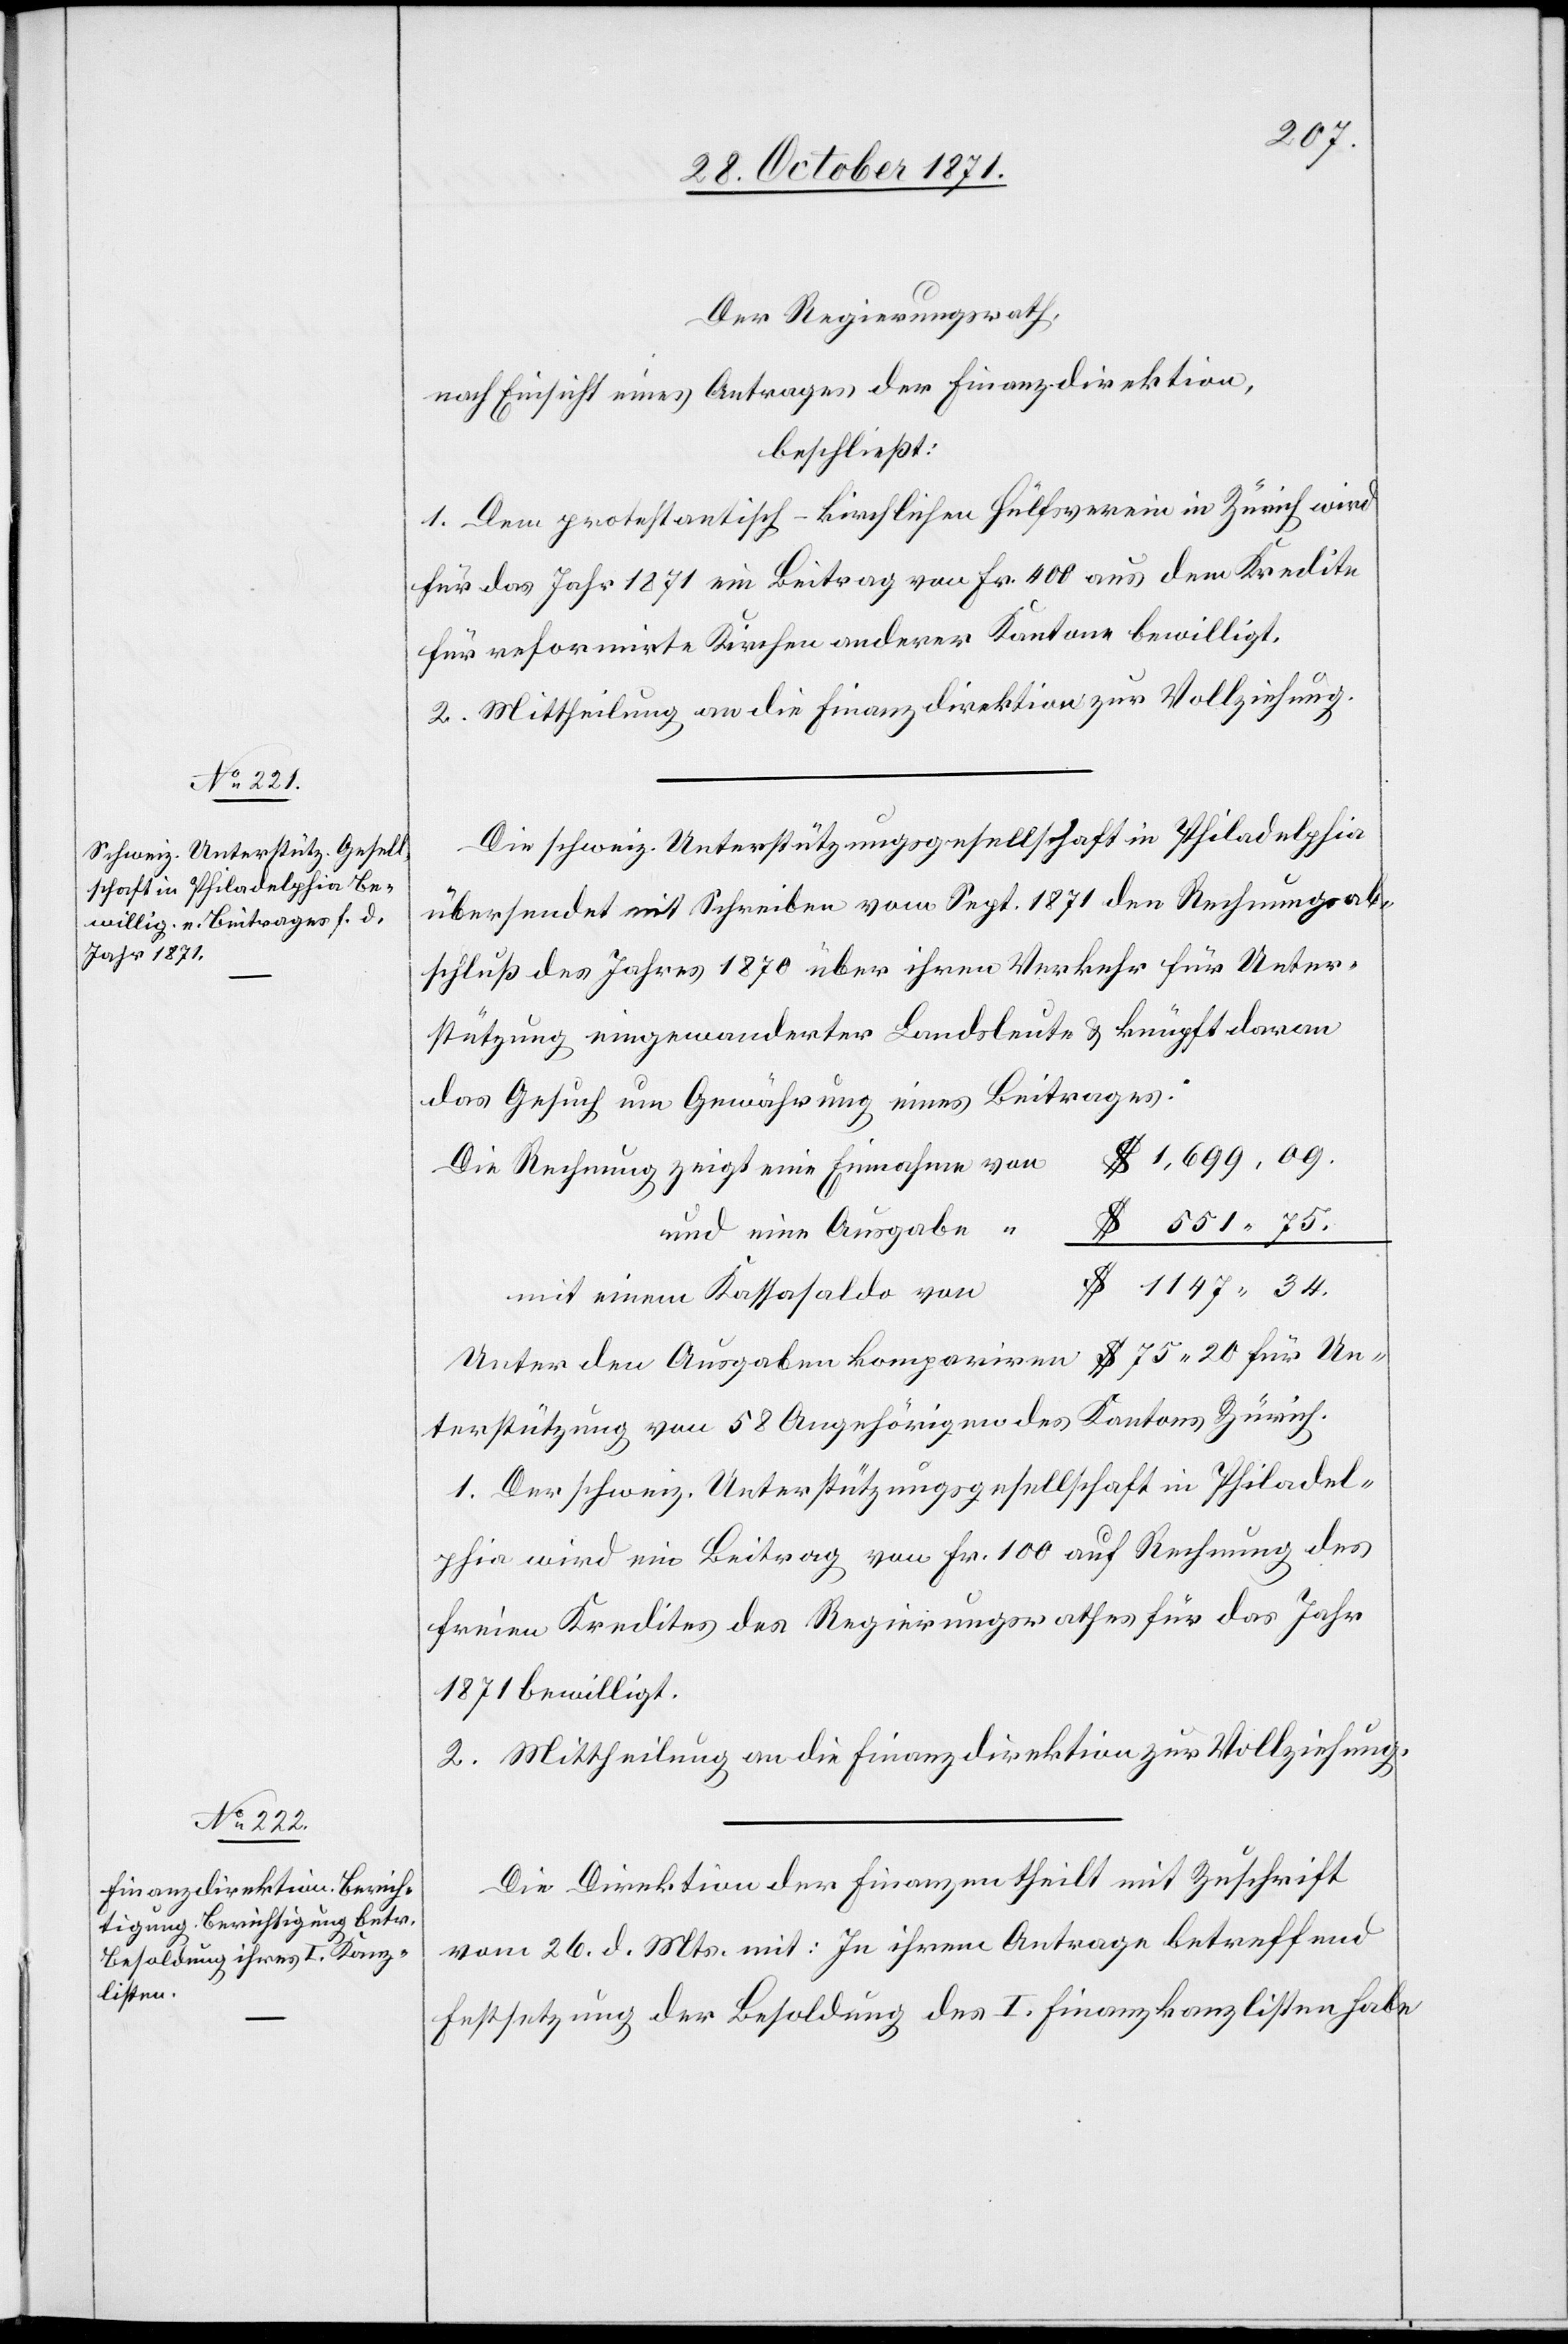
551.75
Der Regierungsrath,
nach Einsicht eines Antrages der Finanzdirektion,
beschließt:
1. Dem protestantisch-kirchlichen Hülfsverein in Zürich wird
für das Jahr 1871Beitrag von Fr. 400 aus dem Kredite
für reformirte Kirchen anderer Kantone bewilligt.
2. Mittheilung an die Finanzdirektion zur Vollziehung.
Die schweiz. Unterstützungsgesellschaft in Philadelphia
übersendet mit Schreiben vom Sept. 1871 den Rechnungsab¬
schluß des Jahres 1870 über ihren Verkehr für Unter¬
stützung eingewanderter Landsleute & knüpft daran
das Gesuch um Gewährung eines Beitrages.
1,699.09.
und eine Ausgabe
$
Unter den Ausgaben kompariren $ 75.20 für Un¬
terstützung von 58 Angehörigen des Kantons Zürich.
1. Der schweiz. Unterstützungsgesellschaft in Philadel¬
phia wird ein Beitrag von Fr. 100 auf Rechnung des
freien Kredites des Regierungsrathes für das Jahr
1871 bewilligt.
2. Mittheilung an die Finanzdirektion zur Vollziehung.
Die Direktion der Finanzen theilt mit Zuschrift
vom 26. d. Mts. mit: In ihrem Antrage betreffend
Festsetzung der Besoldung des I. Finanzkanzlisten habe